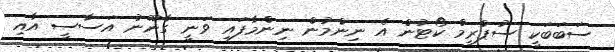
ސަބަބަކީ ސުޕްރީމް ކޯޓުން އެ ނިންމުން ނިންމާފައި ވަނީ ގާނޫނު އަސާސީ އާއި